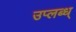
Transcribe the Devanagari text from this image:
उप्लब्ध्